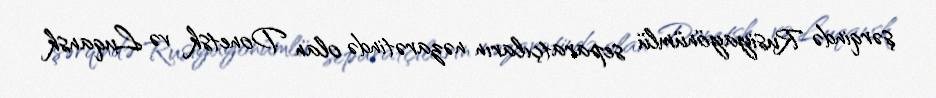
şərqində Rusiyayönümlü separatçıların nəzarətində olan Donetsk və Luqansk